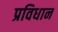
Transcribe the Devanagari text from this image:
प्रविधान